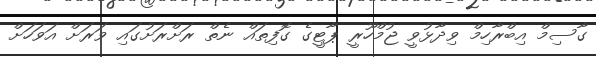
ގާސިމް އިބްރާހިމް ވިދާޅުވީ ޖުމްހޫރީ ޕާޓީގެ ގޮފިތައް ނެތް ރަށްރަށުގައި ވަރަށް އަވަހަށް